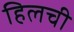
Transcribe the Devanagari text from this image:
हिलची